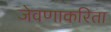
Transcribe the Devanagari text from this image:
जेवणाकरिता